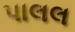
પાલલ